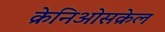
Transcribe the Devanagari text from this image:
क्रेनिओसक्रेल